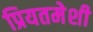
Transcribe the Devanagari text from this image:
प्रियतमेशी